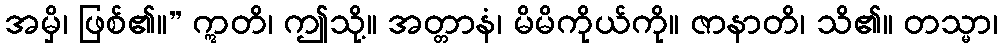
အမှိ၊ ဖြစ်၏။” ဣတိ၊ ဤသို့။ အတ္တာနံ၊ မိမိကိုယ်ကို။ ဇာနာတိ၊ သိ၏။ တသ္မာ၊